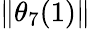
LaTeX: \lVert\theta_{7}(1)\rVert